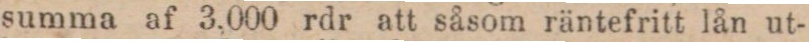
summa af 3,000 rdr att såsom räntefritt lån ut-